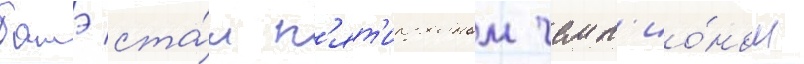
батэ ста́л п'ят'икратным чемп'ио́ном